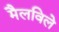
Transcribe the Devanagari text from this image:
मैलविले